system: You are a helpful assistant.
user:
Analyze the provided spectrum to determine if it is a **"Cataclysmic Variables (CV)"**.

- **Key Indicators for CV (Check for either state):**
    - **State 1: Quiescent / Low-State (Emission-Dominated)**
        - **(Primary):** Strong and *very broad* Hydrogen Balmer emission lines (e.g., $H\alpha$ at 6563 Å, $H\beta$ at 4861 Å). The 'broadness' (high velocity dispersion, often FWHM > 1000 km/s) is the key diagnostic, indicating a high-velocity accretion disk.
        - **(Secondary):** Broad neutral Helium (He I) emission lines (e.g., 5876 Å, 6678 Å).
        - **(Key Confirmation):** Presence of high-excitation *ionized* Helium (He II) emission at 4686 Å. This is a strong indicator of accretion onto a white dwarf.
        - **(Line Profile):** Emission lines may exhibit a 'double-peaked' profile, which is a classic signature of a rotating accretion disk viewed at high inclination.

    - **State 2: Outburst / High-State (Absorption-Dominated)**
        - **(Primary):** Spectrum is dominated by a bright, blue continuum (looks like a hot star).
        - **(Secondary):** The emission lines from State 1 are weak, absent, or 'filled in', and are replaced by broad, shallow *absorption* lines (primarily Balmer and He I).
        - **(Morphology):** The overall spectrum mimics a hot B/A-type star. The crucial difference is that the absorption lines are significantly broader, shallower, and more 'washed-out' (or 'smeared') than the sharp lines of a normal stellar photosphere, due to high rotational speeds and pressure broadening in the disk.

Think first, call **spectral_visualization_tool** if needed to examine features in detail, then provide your final answer. Your response must adhere to the following strict rules:
1.  **Overall Structure:** Your response must follow the format `<think>...</think> <tool_call>...</tool_call> (if a tool is used) <answer>...</answer>`.
2.  **Tool Usage Constraint:** You may only make **one** tool call per turn.
3.  **Final Answer Format:** In the `<answer>` tag, your conclusion must be inside a `\boxed{}` command (e.g., `\boxed{YES}`), followed by your justification.

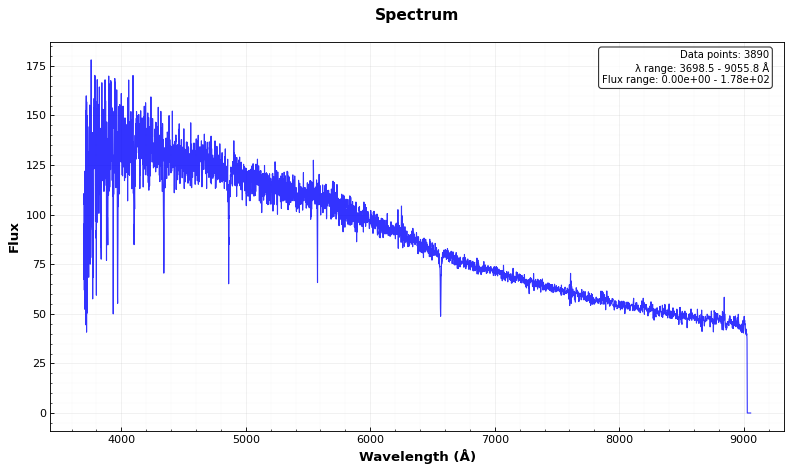
Answer: NO